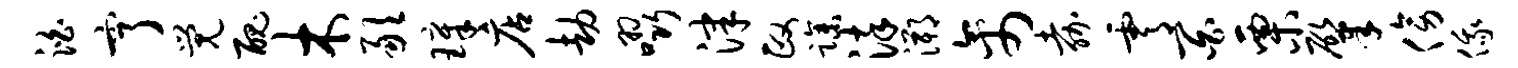
泊亨觉丑木敢璋店劫啜津政躁染溯禽嘉霄百栗肇傍俄